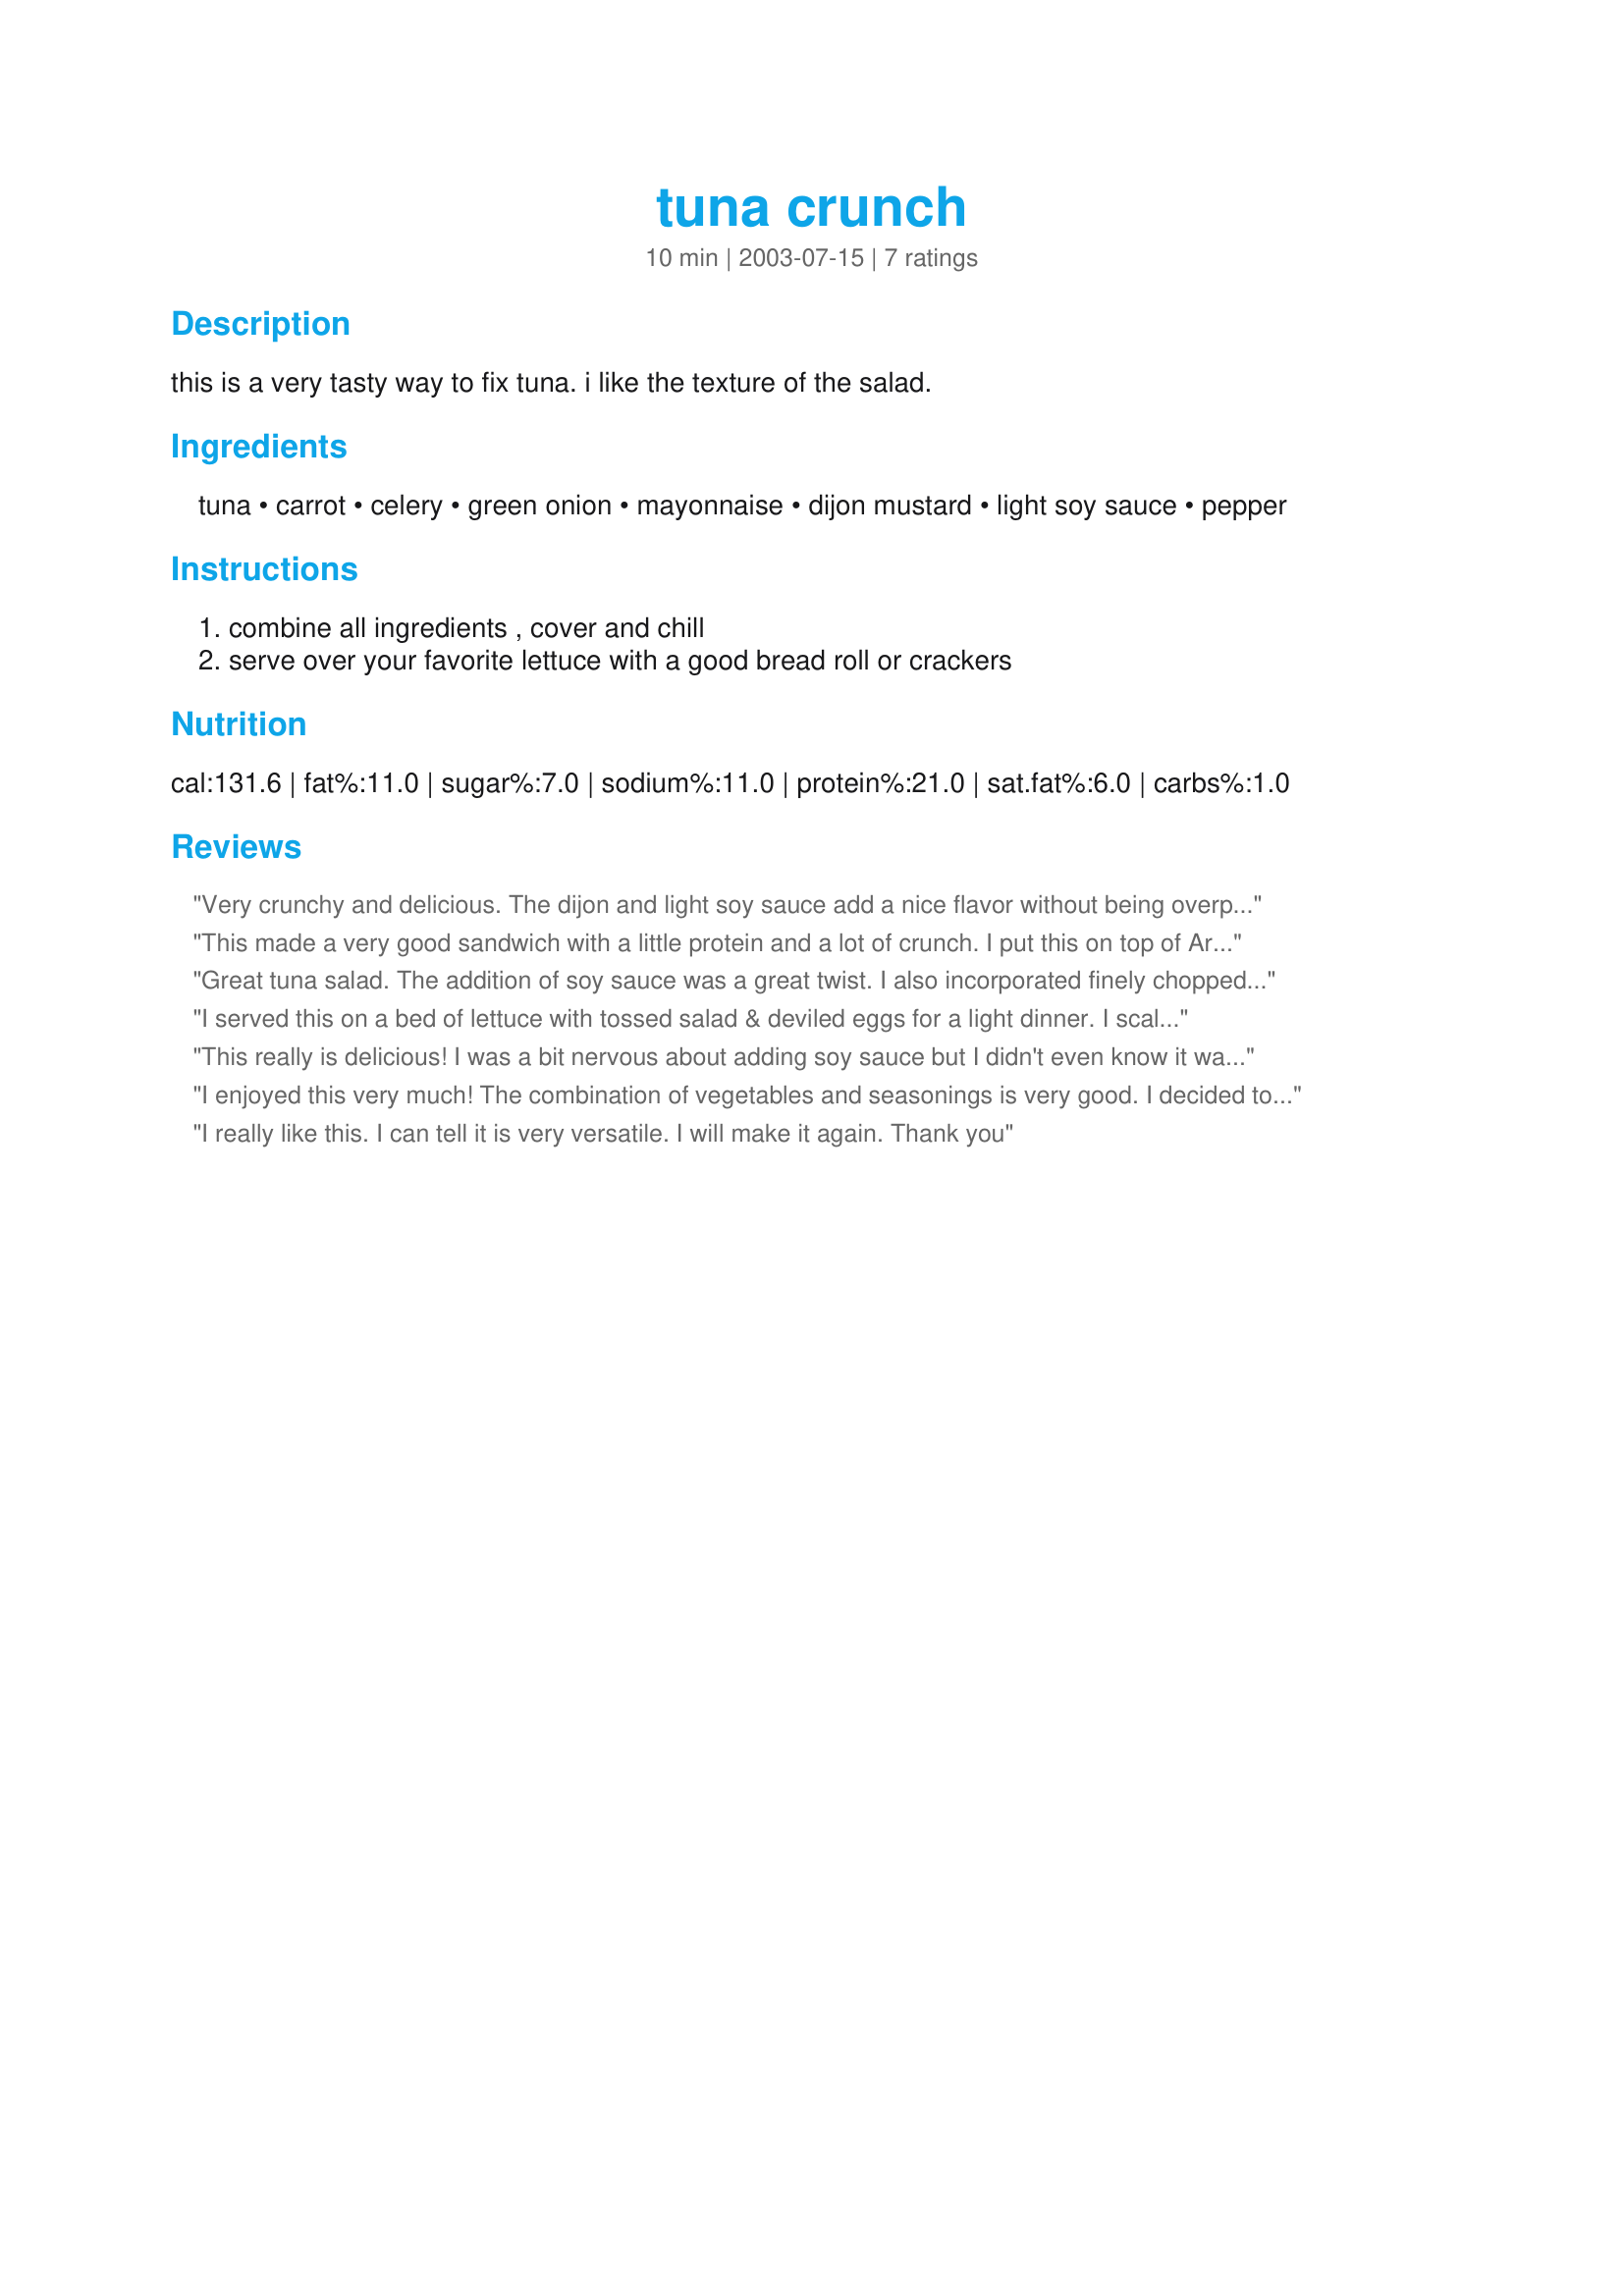
tuna crunch
Preparation time: 10 minutes

this is a very tasty way to fix tuna. i like the texture of the salad.

Ingredients:
tuna, carrot, celery, green onion, mayonnaise, dijon mustard, light soy sauce, pepper

Steps:
combine all ingredients , cover and chill, serve over your favorite lettuce with a good bread roll or crackers

Reviews:
Very crunchy and delicious. The dijon and light soy sauce add a nice flavor without being overpowering. Great with crackers and raw veggies! Will make again; thanx for posting.
This made a very good sandwich with a little protein and a lot of crunch. I put this on top of Artisan Fold it Flatbread, Rosemary & Olive Oil flavor by Flatout. Followed the directions but used free free mayonnaise. I'll be making this one again. Thank you for posting this delicious and healthy recipe. Made for *Zaar Chef Alphabet Soup Game 2010*
Great tuna salad. The addition of soy sauce was a great twist. I also incorporated finely chopped radishes and green pepper for a veggie packed lunch. Thank you.
I served this on a bed of lettuce with tossed salad & deviled eggs for a light dinner. I scaled the recipe for 2 servings - otherwise I made no changes. Thanx Yamma!
This really is delicious! I was a bit nervous about adding soy sauce but I didn't even know it was added. I did find that letting it chill overnight brings out really good flavor. This recipe I will make real soon! Thanks for sharing the recipe!
I enjoyed this very much! The combination of vegetables and seasonings is very good. I decided to eat it on a salad made with parsley, red bell pepper, cucumber and tomatoes, with a little bottled sesame dressing. Delicious!
I really like this. I can tell it is very versatile. I will make it again. Thank you
